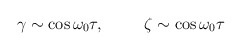
\begin{align*}\gamma\sim \cos\omega_{0}\tau, \hspace{1cm} \zeta\sim \cos\omega_{0}\tau\end{align*}